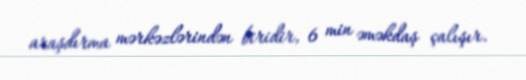
araşdırma mərkəzlərindən biridir, 6 min əməkdaş çalışır.